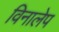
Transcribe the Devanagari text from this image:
विनालेप